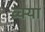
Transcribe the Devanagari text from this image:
व्क्या